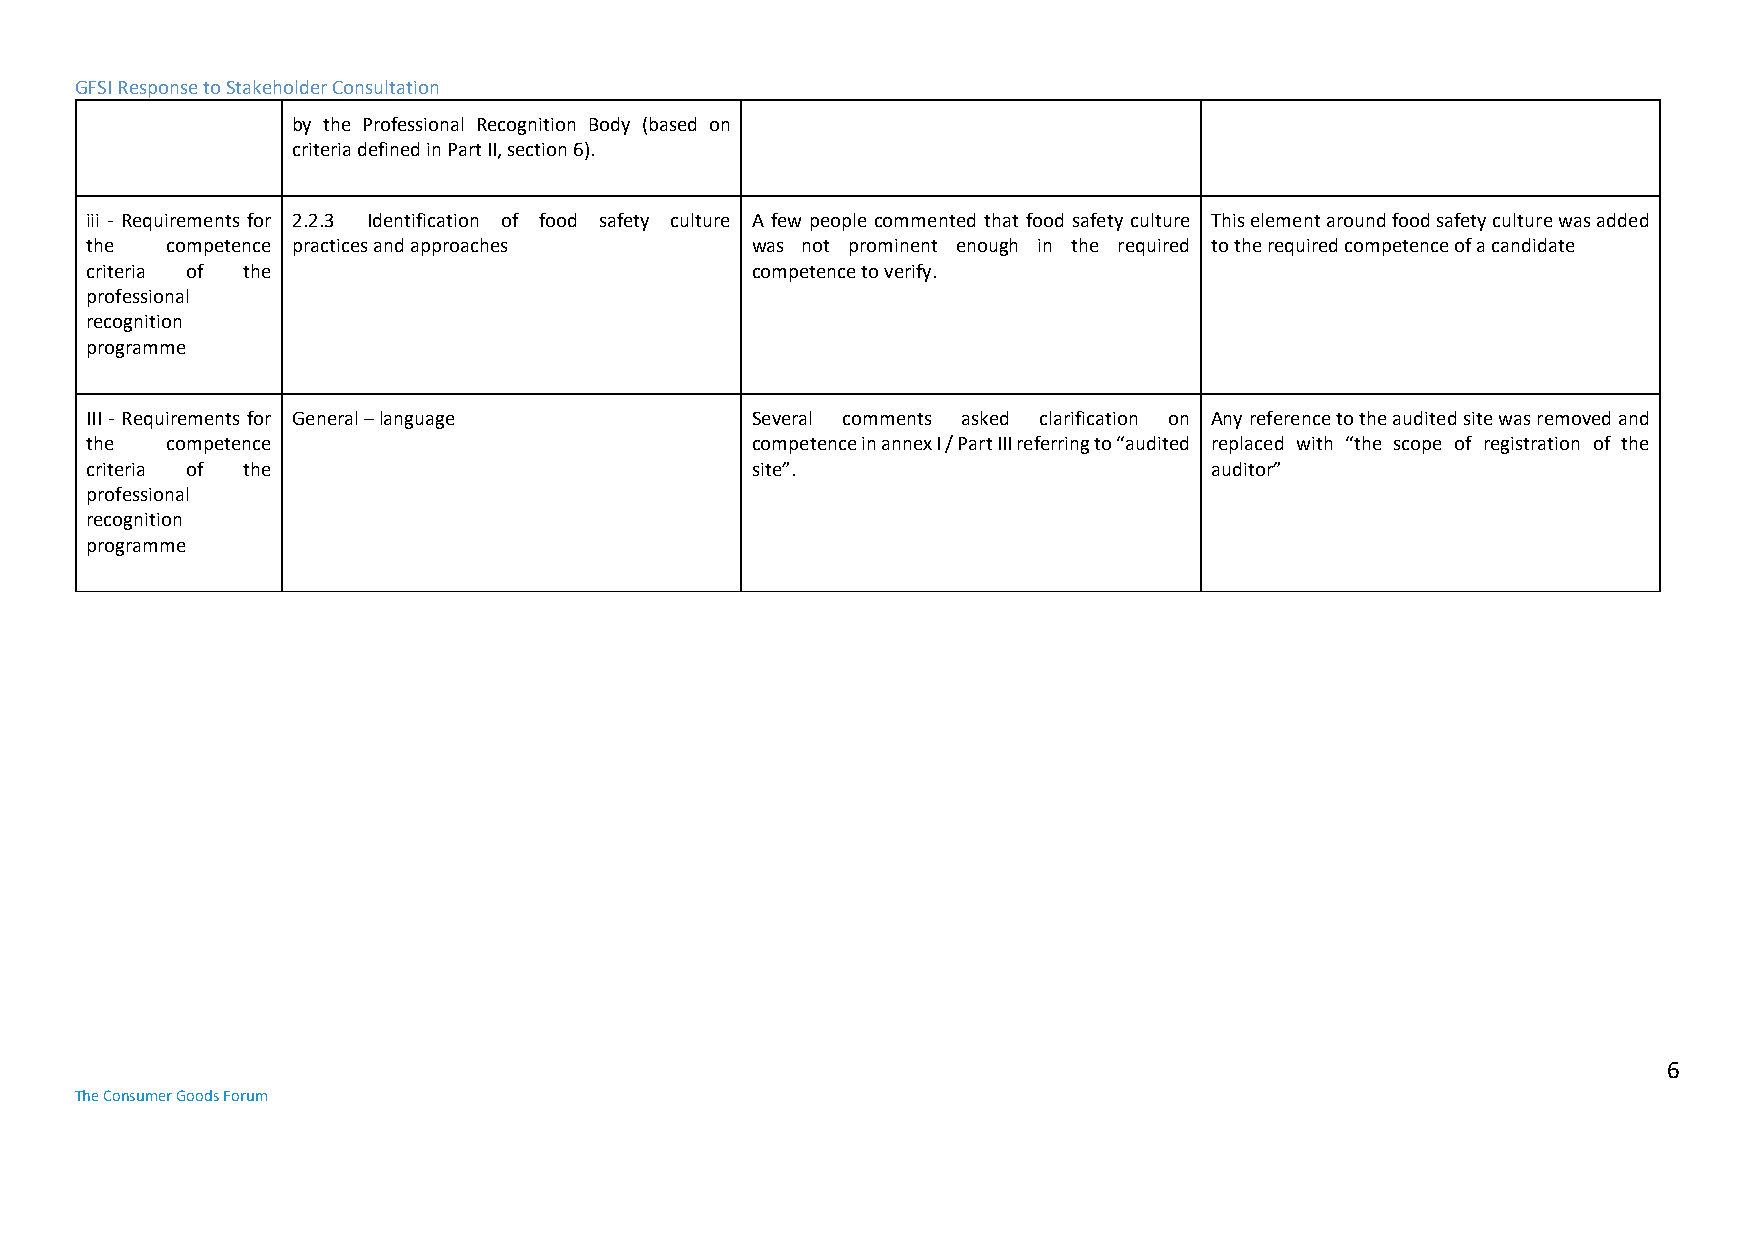
GFSI Response to Stakeholder Consultation
 by the Professional Recognition Body (based on
 criteria defined in Part II, section 6).
 iii - Requirements for 2.2.3 Identification of food safety culture A few people commented that food safety culture This element around food safety culture was added
 the  competence practices and approaches    was not prominent enough in the required to the required competence of a candidate
 criteria of the                             competence to verify.
 professional
 recognition
 programme
 III - Requirements for General – language   Several comments asked clarification on Any reference to the audited site was removed and
 the  competence                             competence in annex I / Part III referring to “audited replaced with “the scope of registration of the
 criteria of the                             site”.                        auditor”
 professional
 recognition
 programme
 6
 The Consumer Goods Forum